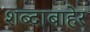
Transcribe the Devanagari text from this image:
शब्दाबाहेर